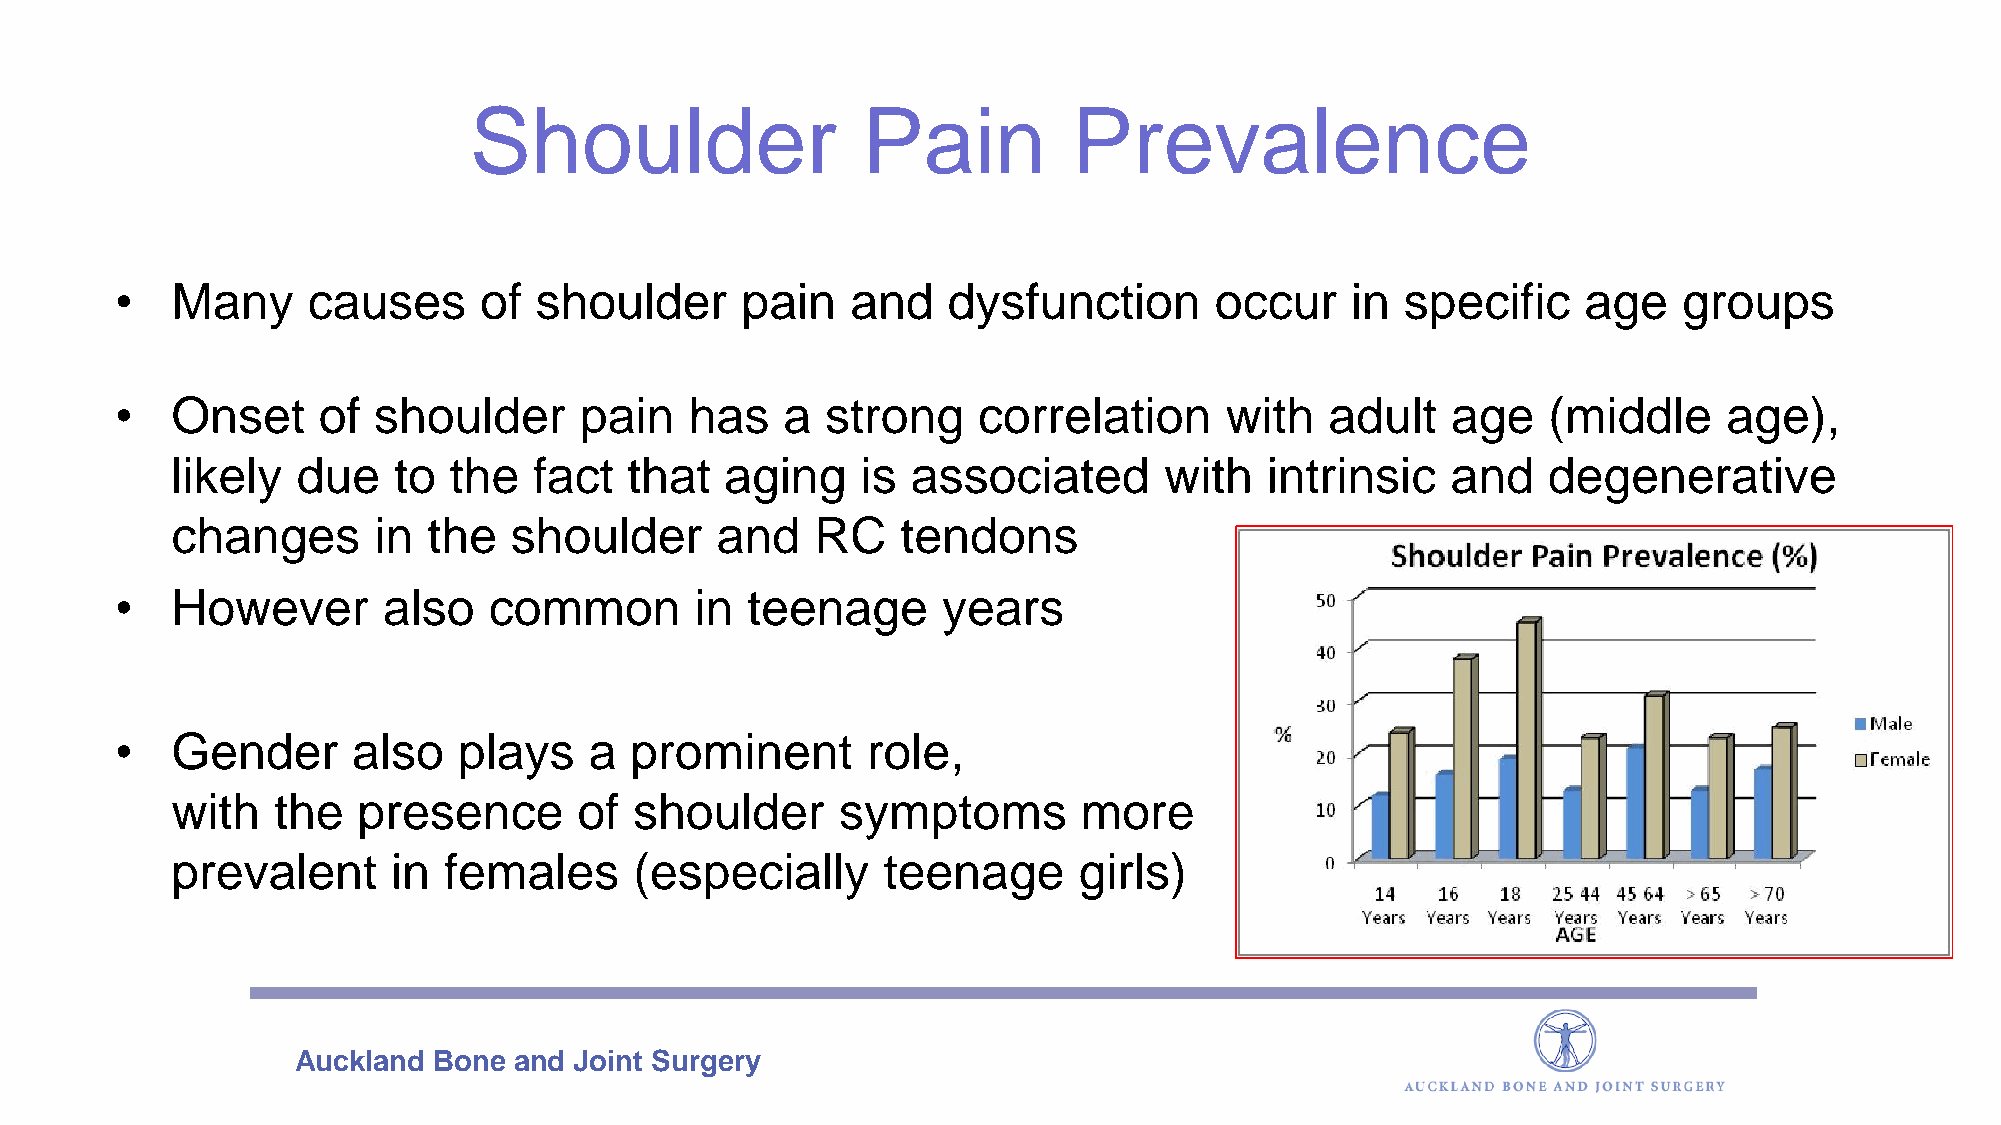
Shoulder                  Pain          Prevalence
 •  Many     causes      of shoulder      pain   and    dysfunction      occur    in  specific    age   groups
 •  Onset     of  shoulder     pain    has   a  strong    correlation     with   adult   age   (middle     age),
 likely   due   to  the  fact   that  aging    is associated       with   intrinsic   and   degenerative
 changes       in the   shoulder     and    RC    tendons
 •  However       also   common        in teenage      years
 •  Gender      also   plays    a  prominent      role,
 with   the   presence      of  shoulder      symptoms        more
 prevalent      in females      (especially     teenage      girls)
 Auckland  Bone and Joint Surgery